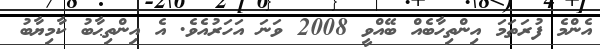
އެންމެ ފުރަތަމަ އިންތިހާބެއް ބޭއްވީ 2008 ވަނަ އަހަރުއެވެ. އެ އިންތިޙާބު ކާމިޔާބު